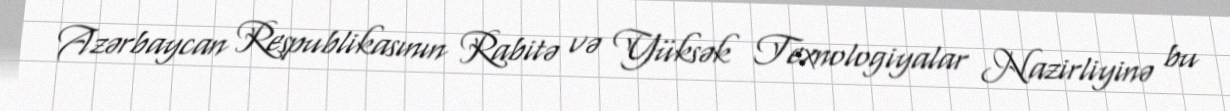
Azərbaycan Respublikasının Rabitə və Yüksək Texnologiyalar Nazirliyinə bu